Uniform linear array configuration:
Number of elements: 16
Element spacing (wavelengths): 0.75
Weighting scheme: blackman
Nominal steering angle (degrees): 60
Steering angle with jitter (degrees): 58.414
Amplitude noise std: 0.05
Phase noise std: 0.05

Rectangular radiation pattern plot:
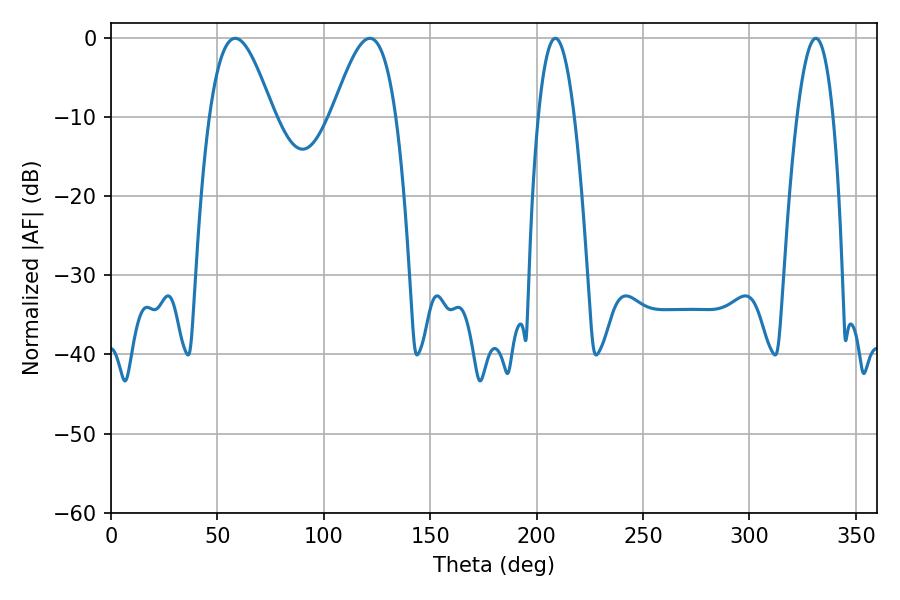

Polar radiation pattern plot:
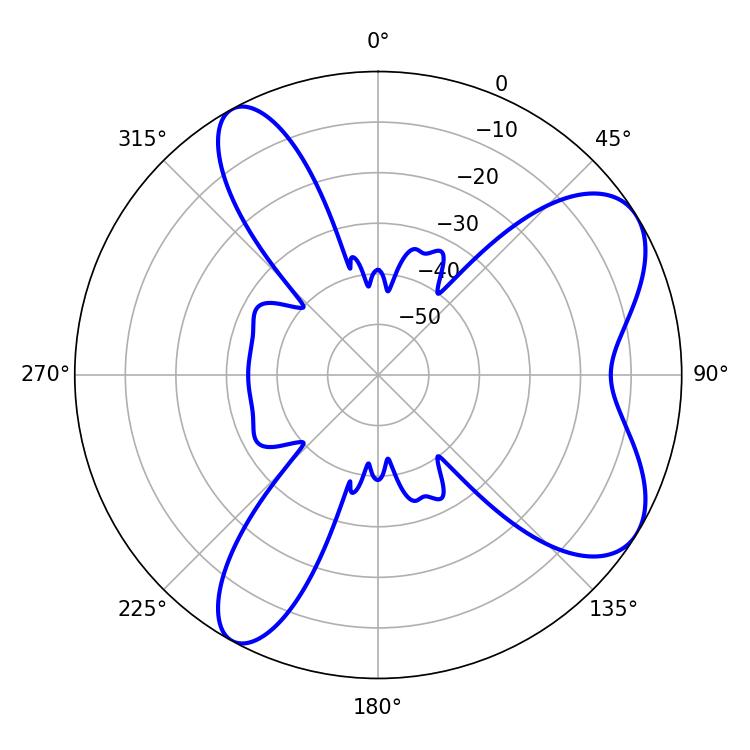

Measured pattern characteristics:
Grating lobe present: TRUE
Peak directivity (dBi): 7.241
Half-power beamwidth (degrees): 9.36
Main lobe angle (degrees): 208.8